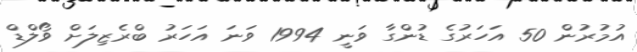
އުމުރުން 50 އަހަރުގެ ޑުންގާ ވަނީ 1994 ވަނަ އަހަރު ބްރެޒިލަށް ވޯލްޑް